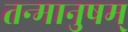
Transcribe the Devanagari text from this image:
तन्मानुषम्